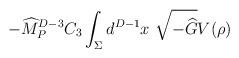
LaTeX: \begin{align*}-{\widehat M}_P^{D-3} C_3 \int_\Sigma d^{D-1} x ~\sqrt{-{\widehat G}}V(\rho)\end{align*}